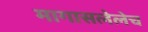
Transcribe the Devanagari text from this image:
मागासलेलेच